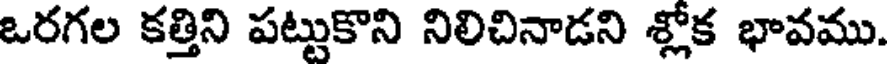
ఒరగల కత్తిని పట్టుకొని నిలిచినాడని శ్లోక భావము.